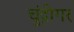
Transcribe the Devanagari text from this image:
चुंद्रीगर